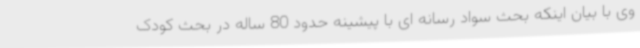
وی با بیان اینکه بحث سواد رسانه ای با پیشینه حدود 80 ساله در بحث کودک